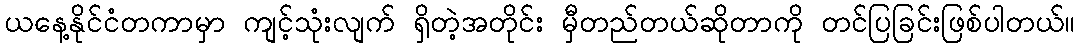
ယနေ့နိုင်ငံတကာမှာ ကျင့်သုံးလျက် ရှိတဲ့အတိုင်း မှီတည်တယ်ဆိုတာကို တင်ပြခြင်းဖြစ်ပါတယ်။